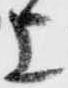
上